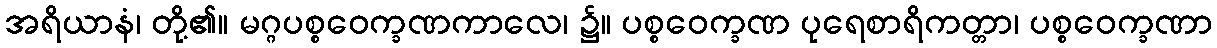
အရိယာနံ၊ တို့၏။ မဂ္ဂပစ္စဝေက္ခဏကာလေ၊ ၌။ ပစ္စဝေက္ခဏ ပုရေစာရိကတ္တာ၊ ပစ္စဝေက္ခဏာ